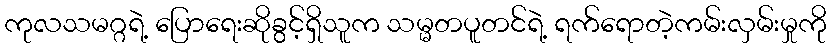
ကုလသမဂ္ဂရဲ့ ပြောရေးဆိုခွင့်ရှိသူက သမ္မတပူတင်ရဲ့ ရက်ရောတဲ့ကမ်းလှမ်းမှုကို